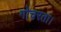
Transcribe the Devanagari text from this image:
गोचरता।